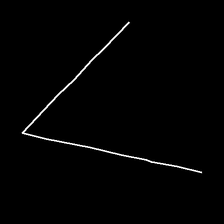
Glyph: region